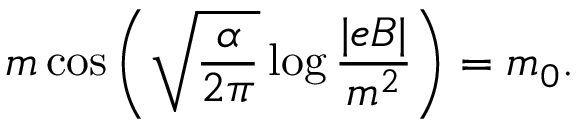
m \cos \left( \sqrt { \frac { \alpha } { 2 \pi } } \log \frac { | e B | } { m ^ { 2 } } \right) = m _ { 0 } .